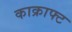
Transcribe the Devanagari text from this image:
काक्राफ्ट